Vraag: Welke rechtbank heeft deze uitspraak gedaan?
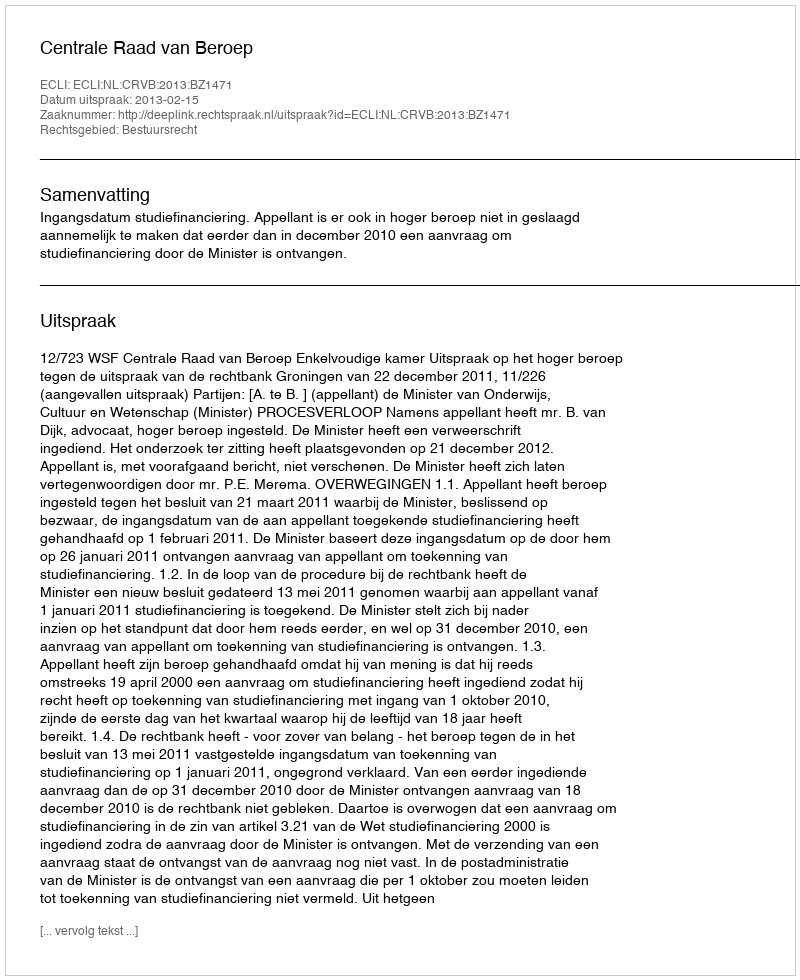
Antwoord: Centrale Raad van Beroep